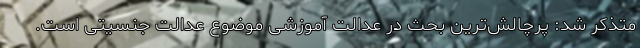
متذکر شد: پرچالش‌ترین بحث در عدالت آموزشی موضوع عدالت جنسیتی است.